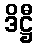
ဒိဋ္ဌီ